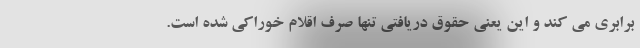
برابری می کند و این یعنی حقوق دریافتی تنها صرف اقلام خوراکی شده است.